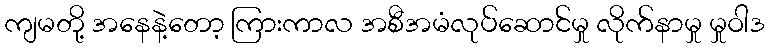
ကျမတို့ အနေနဲ့တော့ ကြားကာလ အစီအမံလုပ်ဆောင်မှု လိုက်နာမှု မှုဝါဒ